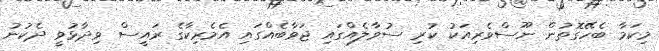
މިކަމާ ބެހޭގޮތުން ނޫސްވެރިއަކު ކުރި ސުވާލެއްގައި ޖަވާބެއްގައި އެމެރިކާގެ ރައީސް ވިދާޅުވީ ދެކުނު